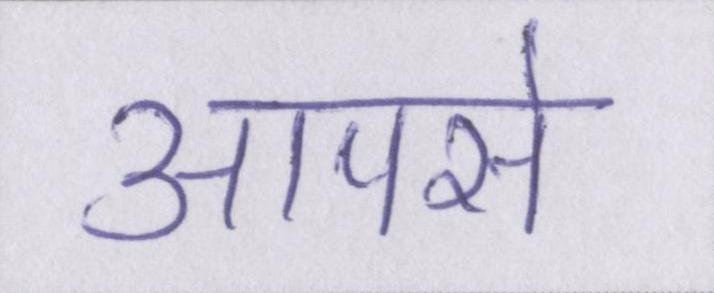
आपसे